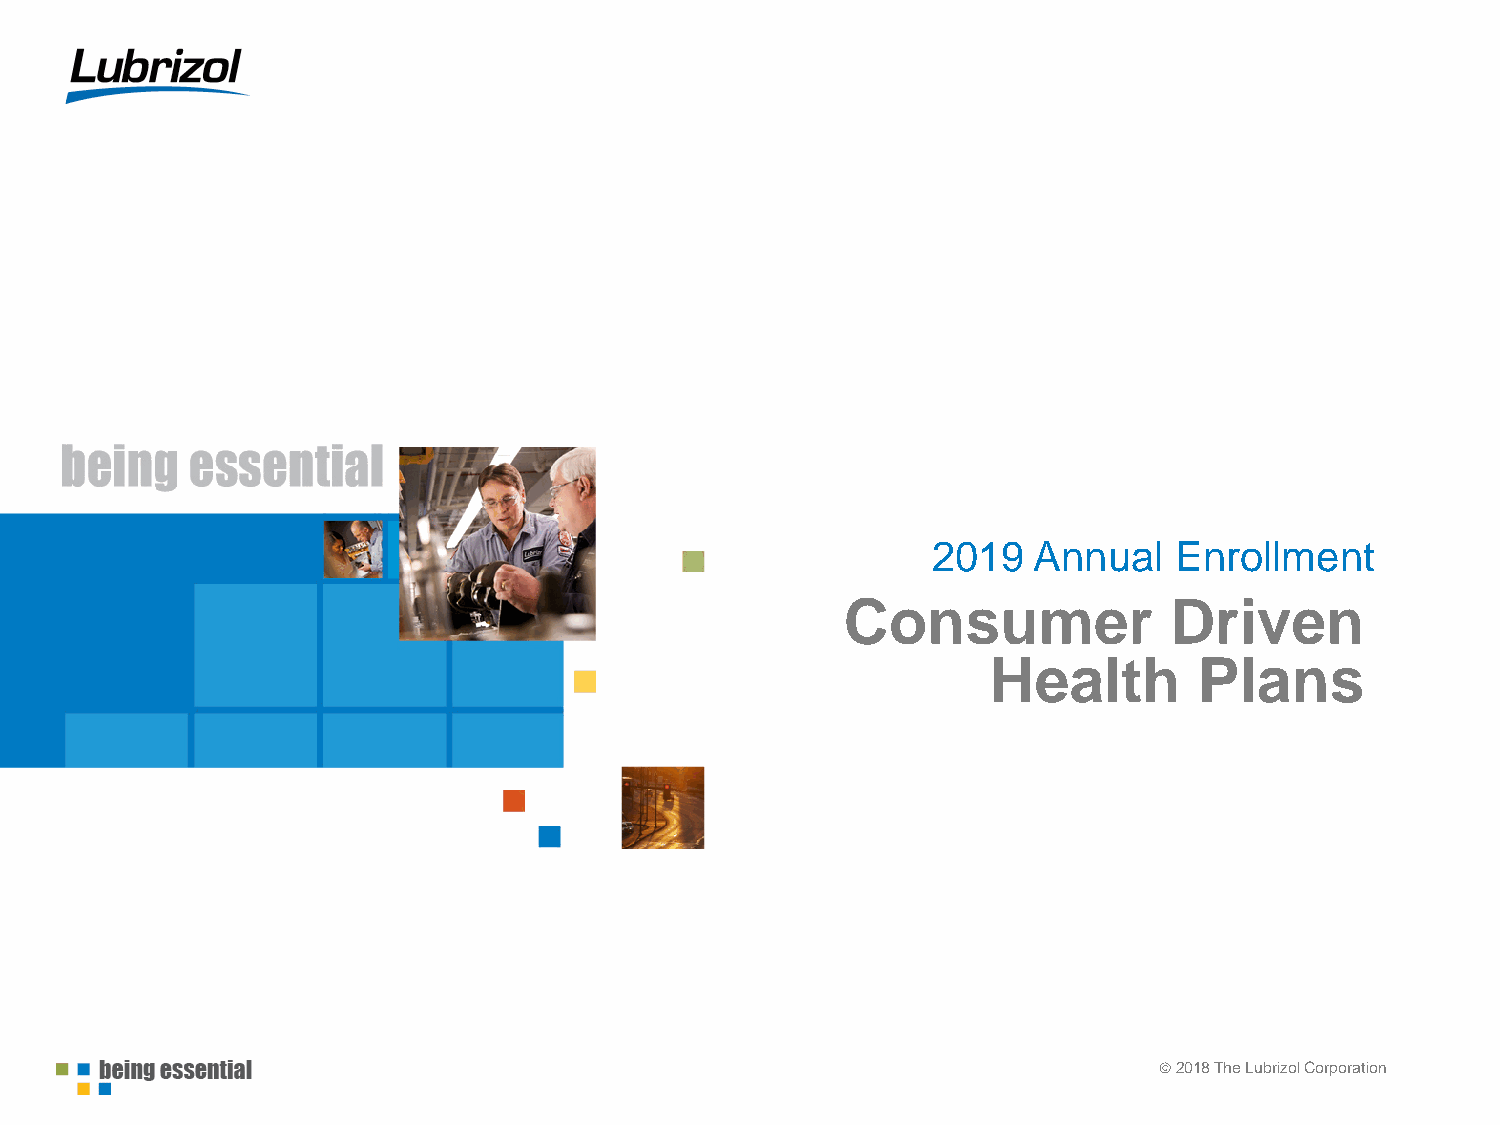
2019  Annual    Enrollment
 Consumer             Driven
 Health       Plans
 ©2 021081 7T Theh eL uLburbizriozlo Cl Coroproproartaiotinon